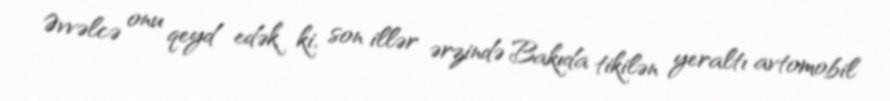
Əvvəlcə onu qeyd edək ki, son illər ərzində Bakıda tikilən yeraltı avtomobil